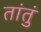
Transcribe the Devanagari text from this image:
तांतुं